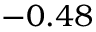
- 0 . 4 8